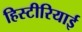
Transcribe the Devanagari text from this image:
हिस्टीरियाई